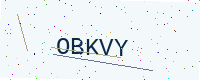
Text: OBKVY